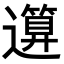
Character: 𥳪